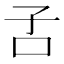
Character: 𡥄